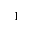
^ 1